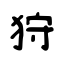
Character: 狩